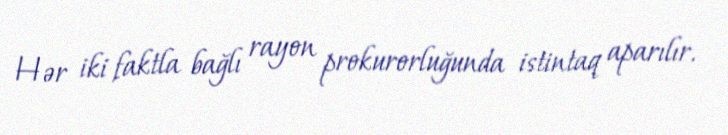
Hər iki faktla bağlı rayon prokurorluğunda istintaq aparılır.